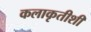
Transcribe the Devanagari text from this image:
कलाकृतीशी